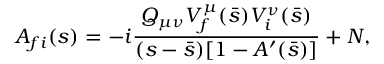
{ \cal A } _ { f i } ( s ) = - i \frac { Q _ { \mu \nu } V _ { f } ^ { \mu } ( \bar { s } ) V _ { i } ^ { \nu } ( \bar { s } ) } { ( s - \bar { s } ) [ 1 - A ^ { \prime } ( \bar { s } ) ] } + N ,